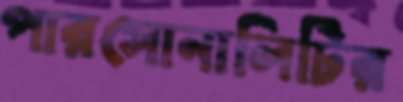
পারসোনালিটির